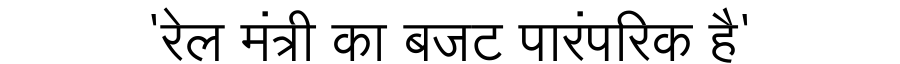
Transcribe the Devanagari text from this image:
'रेल मंत्री का बजट पारंपरिक है'